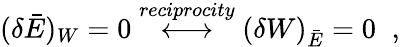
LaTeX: (\delta\bar{E})_{W}=0\stackrel{reciprocity}{\longleftrightarrow}(\delta W)_{\bar{E}}=0\; \; ,